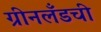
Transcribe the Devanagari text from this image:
ग्रीनलँडची